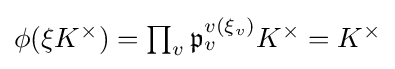
\textstyle \phi (\xi K^{\times })=\prod _{v}{\mathfrak {p}}_{v}^{v(\xi _{v})}K^{\times }=K^{\times }